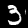
Digit: 3